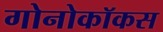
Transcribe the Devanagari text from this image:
गोनोकॉकस